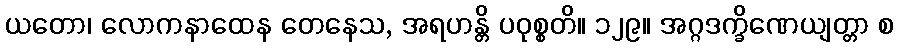
ယတော၊ လောကနာထေန တေနေသ, အရဟန္တိ ပဝုစ္စတိ။ ၁၂၉။ အဂ္ဂဒက္ခိဏေယျတ္တာ စ